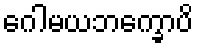
ဂေါမယဘက္ခောပိ